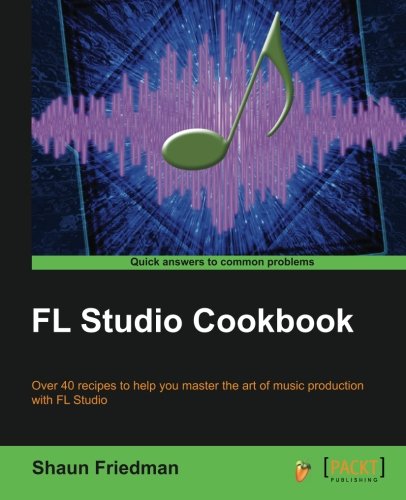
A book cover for FL Studio Cookbook; Shaun Friedman; Computers & Technology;